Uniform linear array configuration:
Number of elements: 8
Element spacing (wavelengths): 0.75
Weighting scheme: binomial
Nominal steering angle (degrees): -30
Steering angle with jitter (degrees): -28.397
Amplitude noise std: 0.05
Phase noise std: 0.05

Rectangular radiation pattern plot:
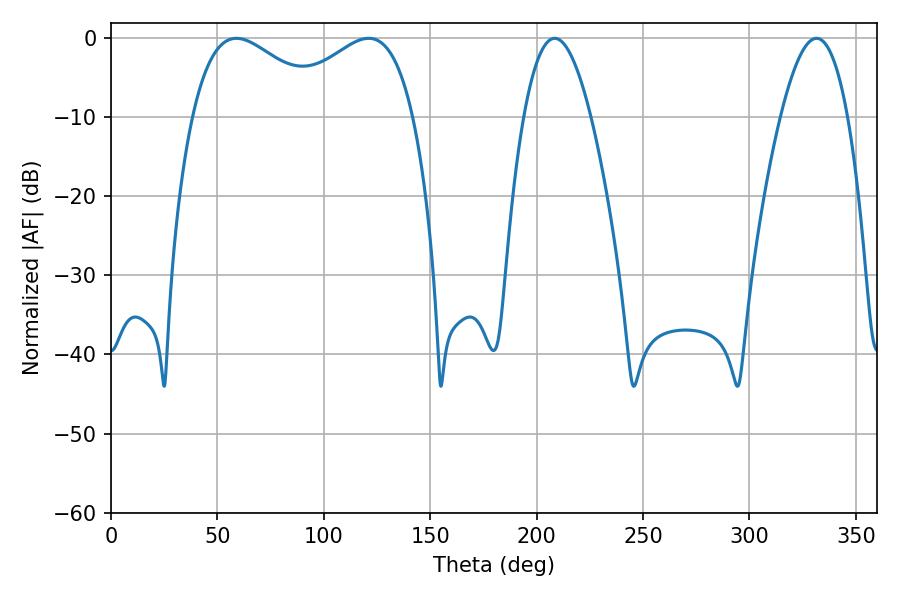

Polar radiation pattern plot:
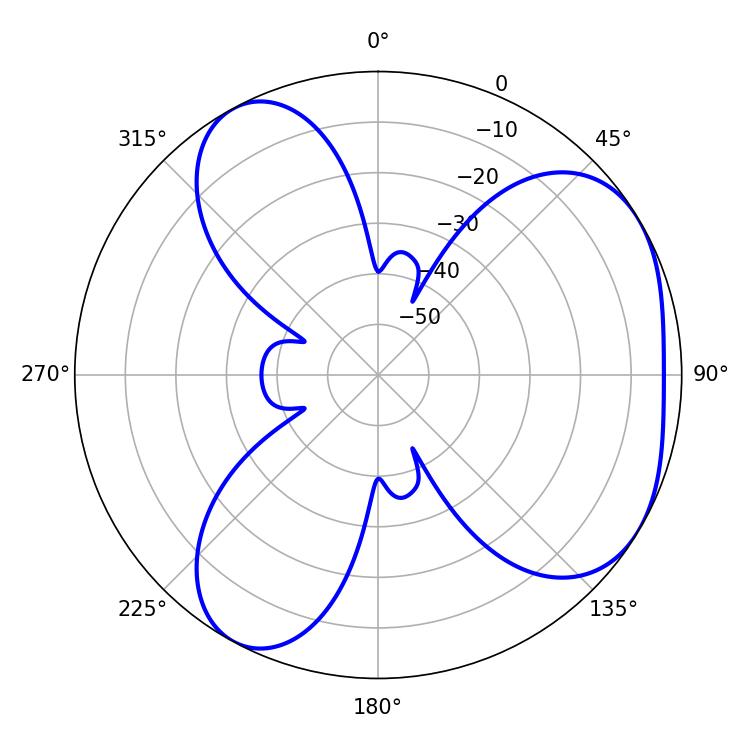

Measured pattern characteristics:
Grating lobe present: TRUE
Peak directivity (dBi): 4.399
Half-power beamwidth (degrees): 35.1
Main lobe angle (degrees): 58.86